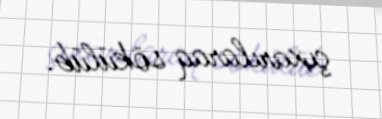
çıxarılaraq sökülüb.